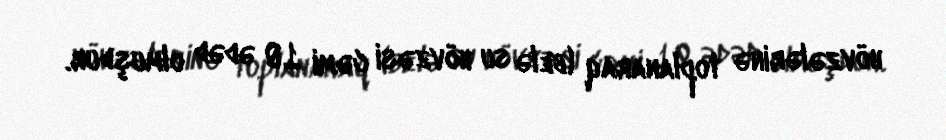
hövzələrinə toplanaraq (belə su hövzəsi cəmi 10 ədəd olmuşdur.